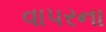
વાપરના